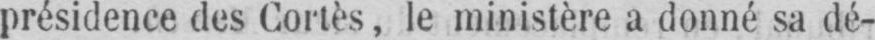
présidence des Cortès, le ministère a donné sa dé-